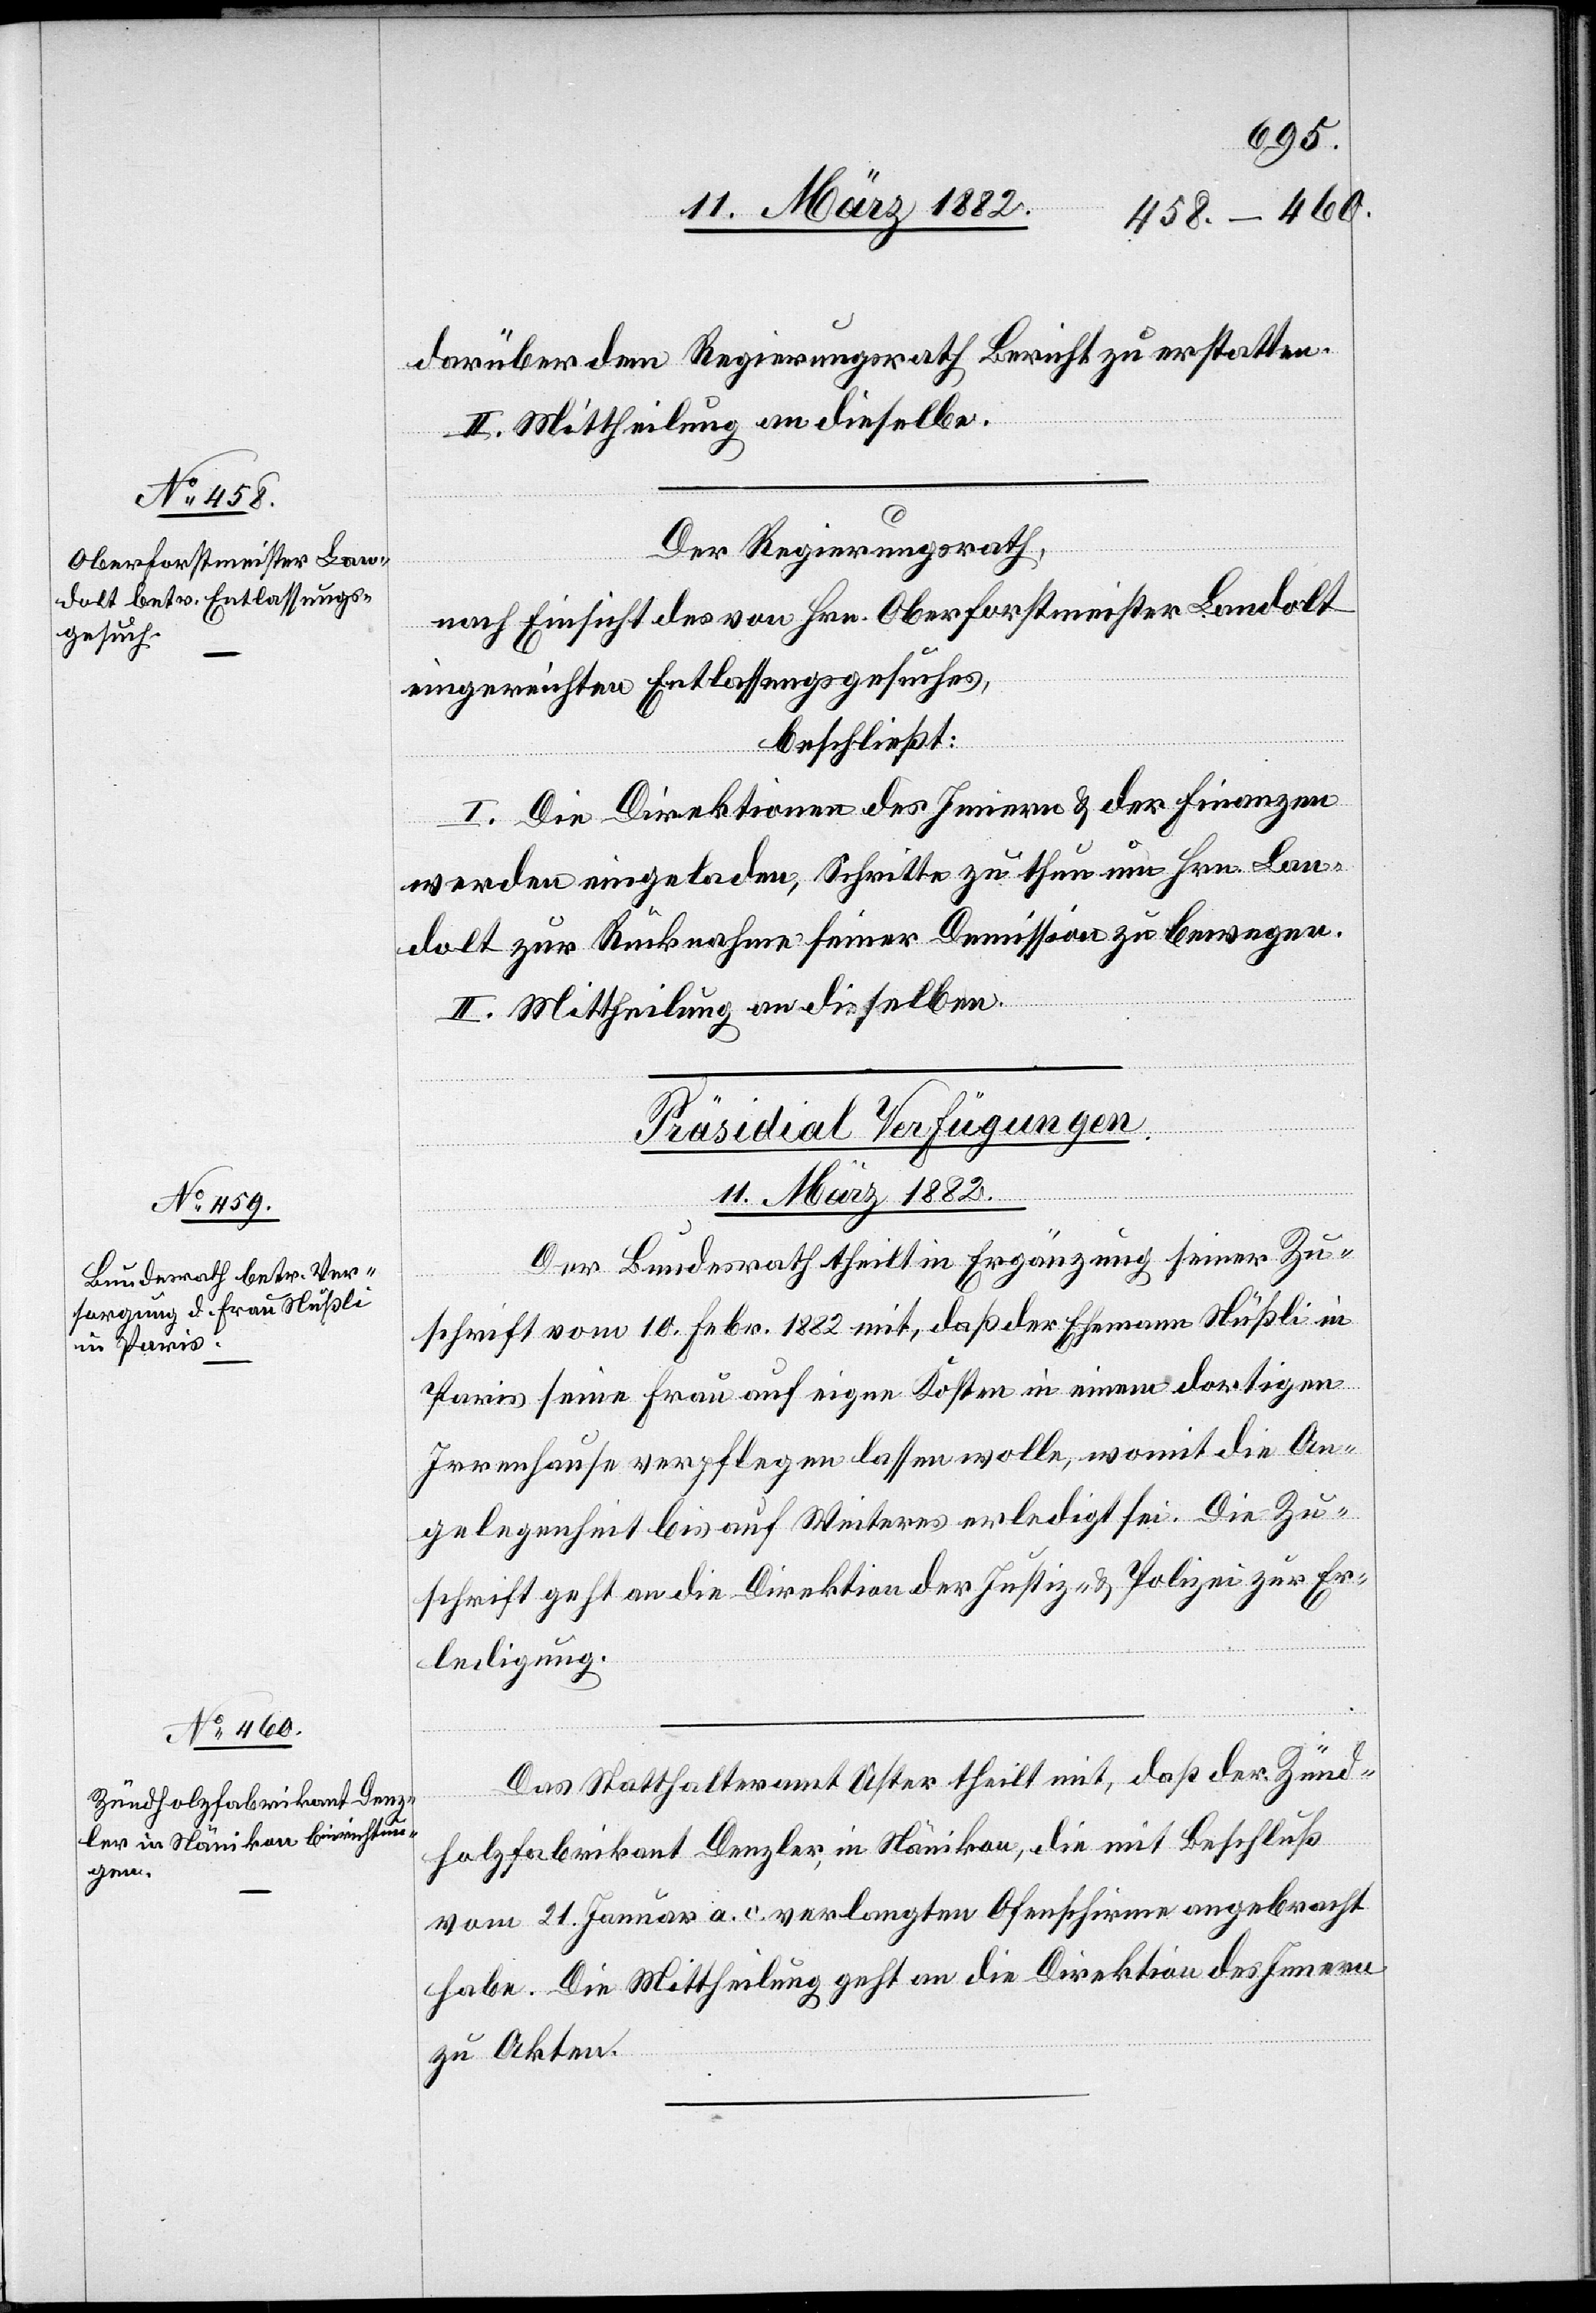
darüber dem Regierungsrath Bericht zu erstatten.
II. Mittheilung an dieselbe.
Der Regierungsrath,
nach Einsicht des von Hrn. Oberforstmeister Landolt
eingereichten Entlassungsgesuches,
beschließt:
I. Die Direktion des Innern & der Finanzen
werden eingeladen, Schritte zu thun um Hrn. Lan¬
dolt zur Rücknahme seiner Demission zu bewegen.
II. Mittheilung an dieselben.
[Präsidial-Verfügungen.
11. März 1882.]
Der Bundesrath theilt in Ergänzung seiner Zu¬
schrift vom 10. Febr. 1882 mit, daß der Ehemann Nüßli in
Paris seine Frau auf eigene Kosten in einen dortigen
Irrenhause verpflegen lassen wolle, womit die An¬
gelegenheit bis auf Weiteres erledigt sei. Die Zu¬
schrift geht an die Direktion der Justiz- & Polizei zur Er¬
ledigung.
Das Statthalteramt Uster theilt mit, daß der Zünd¬
holzfabrikant Denzler, in Nänikon, die mit Beschluß
vom 21. Januar a. c. verlangten Ofenschirme angebracht
habe. Die Mittheilung geht an die Direktion des Innern
zu Akten.